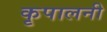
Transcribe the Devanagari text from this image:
कृपालनी